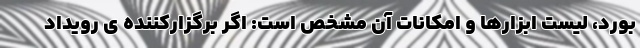
بورد، لیست ابزارها و امکانات آن مشخص است: اگر برگزارکننده ی رویداد